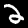
Label: 2